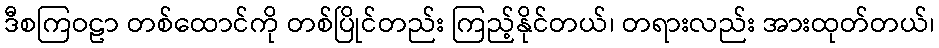
ဒီစကြဝဠာ တစ်ထောင်ကို တစ်ပြိုင်တည်း ကြည့်နိုင်တယ်၊ တရားလည်း အားထုတ်တယ်၊